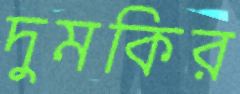
দুমকির